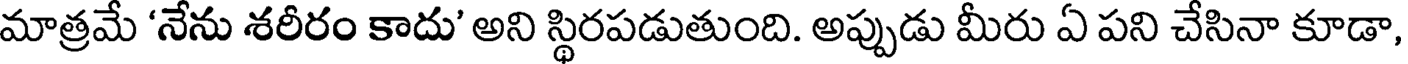
మాత్రమే 'నేను శరీరం కాదు' అని స్థిరపడుతుంది. అప్పుడు మీరు ఏ పని చేసినా కూడా